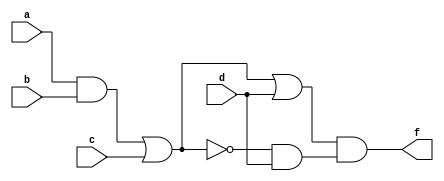
module exercise1i(a, b, c, d, f);
input a, b, c, d;
output f;
and(x1, a, b);
or(x2, x1, c);
not(x3, x2);
and(x4, x3, d);
or(x5, x2, d);
and(f, x5, x4);
endmodule